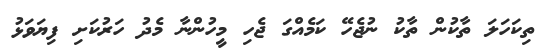
ތިކަހަލަ ތާކުން ތާކު ނުޖެހޭ ކަމެއްގަ ޖެހި މީހުންނާ މެދު ހަރުކަށި ފިޔަވަޅު